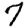
Digit: 7